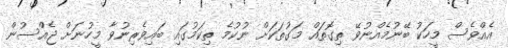
އެއްވެސް މީހަކު ބޭނުމެއްނުވޭ ތިގޮތައް މަގުތަކަށް ނުކުމެ ތިކަމުގައި ބައިވެރިނުވާ މީހުނަށް ޖެއްސުން